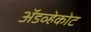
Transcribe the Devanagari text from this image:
ॲडव्हेकोट